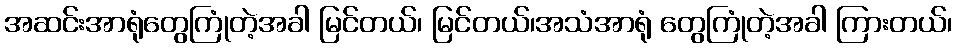
အဆင်းအာရုံတွေကြုံတဲ့အခါ မြင်တယ်၊ မြင်တယ်၊အသံအာရုံ တွေကြုံတဲ့အခါ ကြားတယ်၊